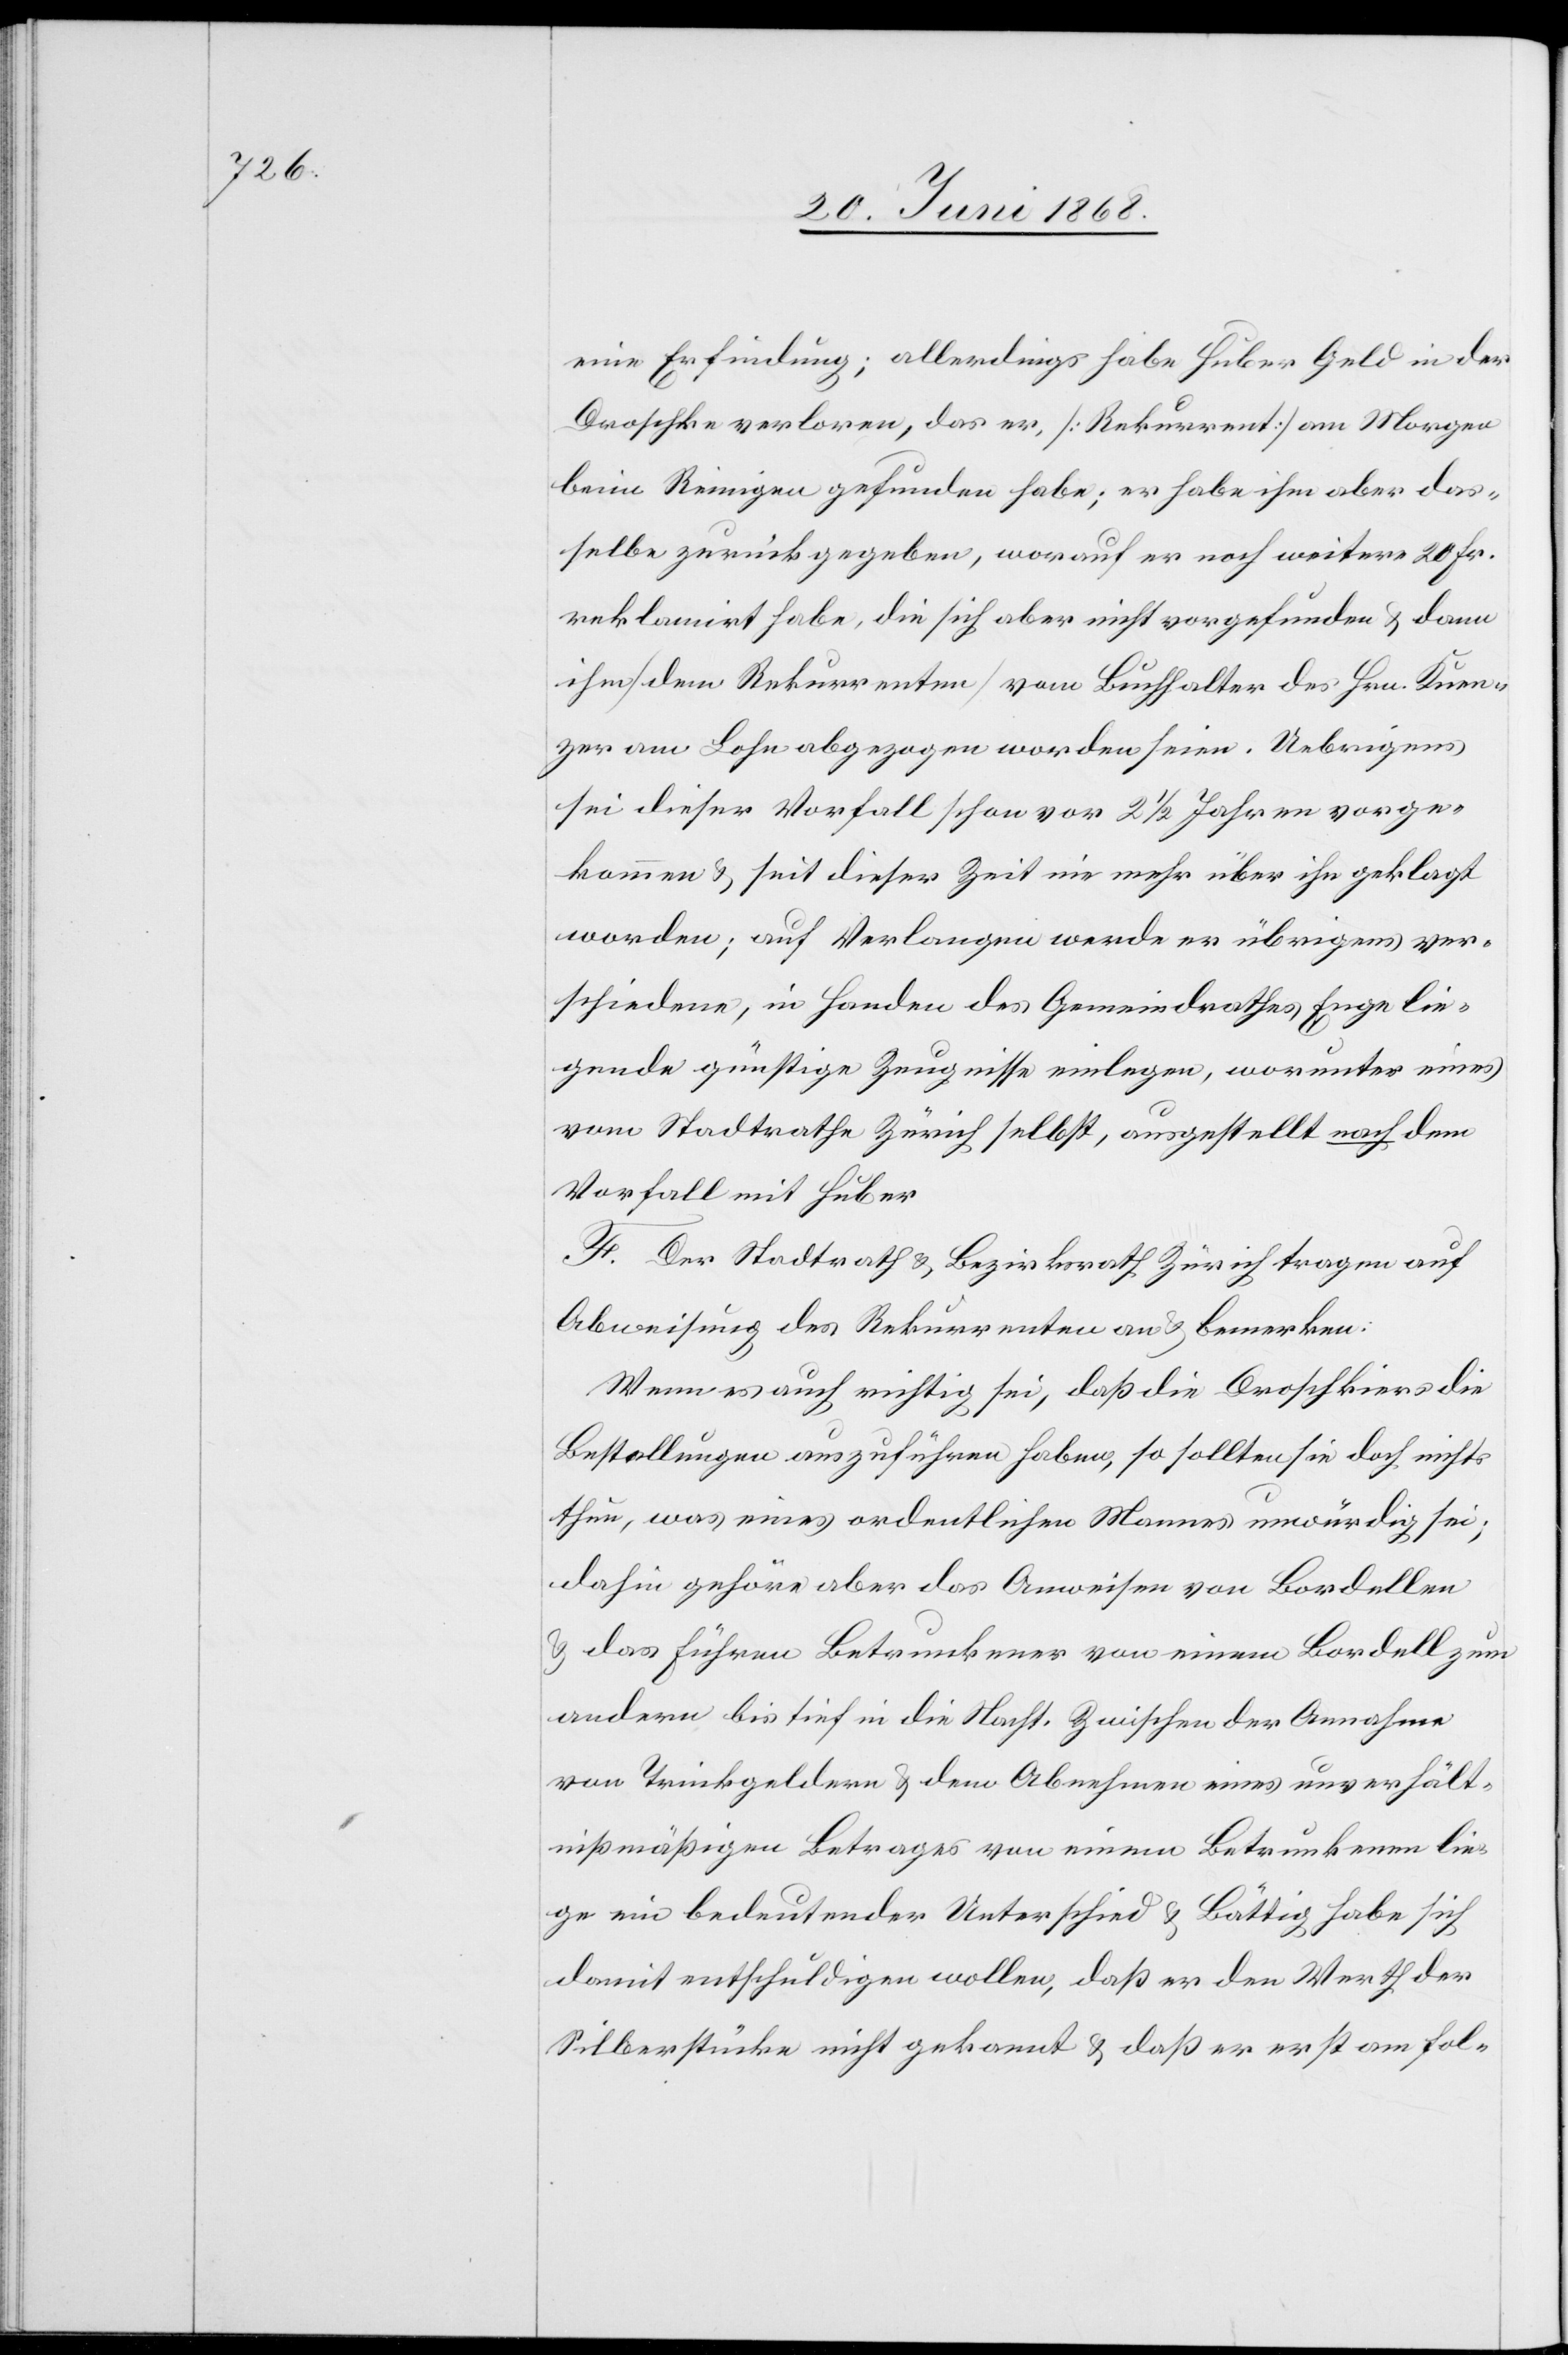
eine Erfindung; allerdings habe Huber Geld in der
Droschke verloren, das er, [Rekurrent] am Morgen
beim Reinigen gefunden habe; er habe ihm aber das¬
selbe zurückgegeben, worauf er noch weitere 20 Fr.
reklamirt habe, die sich aber nicht vorgefunden & dann
ihm [dem Rekurrenten] vom Buchhalter des Hrn. Kuen¬
zer am Lohn abgezogen worden seien. Uebrigens
sei dieser Vorfall schon vor 2 1/2 Jahren vorge¬
kommen & seit dieser Zeit nie mehr über ihn geklagt
worden; auf Verlangen werde er übrigens ver¬
schiedene, in Handen des Gemeindrathes Enge lie¬
gende günstige Zeugnisse einlegen, worunter eines
vom Stadtrathe Zürich selbst, ausgestellt nach dem
Vorfall mit Huber
F. Der Stadtrath & Bezirksrath Zürich tragen auf
Abweisung des Rekurrenten an & bemerken:
Wenn es auch richtig sei, daß die Droschkiers die
Bestellungen auszuführen haben, so sollten sie doch nichts
thun, was eines ordentlichen Mannes unwürdig sei;
dahin gehöre aber das Anweisen von Bordellen
& das Führen Betrunkener von einem Bordell zum
andern bis tief in die Nacht. Zwischen der Annahme
von Trinkgeldern & dem Abnehmen eines unverhält¬
nißmäßigen Betrages von einem Betrunkenen lie¬
ge ein bedeutender Unterschied & Bättig habe sich
damit entschuldigen wollen, daß er den Werth der
Silberstücke nicht gekannt & daß er erst am fol-